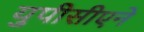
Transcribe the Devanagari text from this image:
युपीसीएने